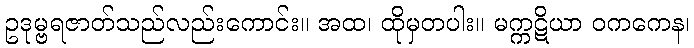
ဥဒုမ္ဗရဇာတ်သည်လည်းကောင်း။ အထ၊ ထိုမှတပါး။ မက္ကဋိယာ ဝကကေန၊